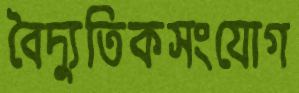
বৈদ্যুতিকসংযোগ